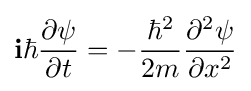
{\textbf {i}}\hbar {\frac {\partial \psi }{\partial t}}=-{\frac {\hbar ^{2}}{2m}}{\frac {\partial ^{2}\psi }{\partial x^{2}}}